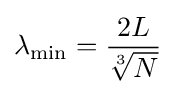
\lambda _{\rm {min}}={2L \over {\sqrt[{3}]{N}}}